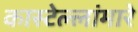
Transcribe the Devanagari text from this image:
कास्टेल्लांमारे